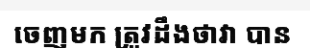
ចេញមក ត្រូវដឹងថាវា បាន